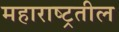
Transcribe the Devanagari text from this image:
महाराष्ट्रतील